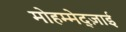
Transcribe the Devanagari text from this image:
मोहम्मेद्ज़ाई